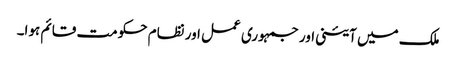
ملک میں آئینی اور جمہوری عمل اور نظام حکومت قائم ہوا۔